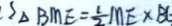
S _ { \Delta B M E } = \frac { 1 } { 2 } M E \times B C